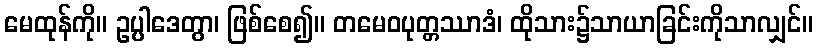
မေထုန်ကို။ ဥပ္ပါဒေတွာ၊ ဖြစ်စေ၍။ တမေဝပုတ္တဿာဒံ၊ ထိုသား၌သာယာခြင်းကိုသာလျှင်။